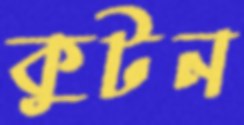
কুটন